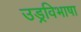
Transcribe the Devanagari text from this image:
उड्रविभाषा